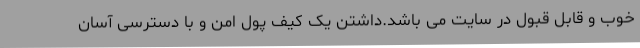
خوب و قابل قبول در سایت می باشد.داشتن یک کیف پول امن و با دسترسی آسان